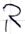
Text: R